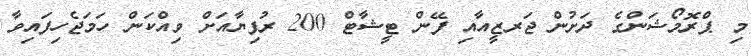
މި ޕްރޮމޯޝަންގެ ދަށުން ޖަރޒީއާއި ފޭން ޓީޝާޓް 200 ރުފިޔާއަށް ވިއްކަން ހަމަޖެހިފައިވާ